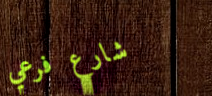
شارع فرعي